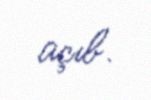
açıb.